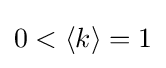
{0<\left\langle k\right\rangle =1}